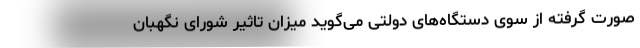
صورت گرفته از سوی دستگاه‌های دولتی می‌گوید میزان تاثیر شورای نگهبان